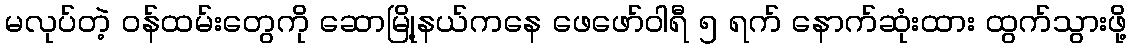
မလုပ်တဲ့ ဝန်ထမ်းတွေကို ဆောမြို့နယ်ကနေ ဖေဖော်ဝါရီ ၅ ရက် နောက်ဆုံးထား ထွက်သွားဖို့